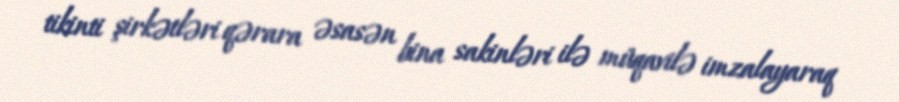
tikinti şirkətləri qərara əsasən bina sakinləri ilə müqavilə imzalayaraq